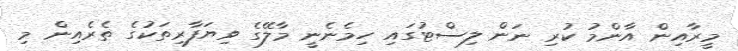
މީރާއިން އާންމު ކުރި ނަން ލިސްޓުގައި ހިމެނެނީ މާލޭގެ ވިޔަފާރިތަކުގެ ތެރެއިން މި